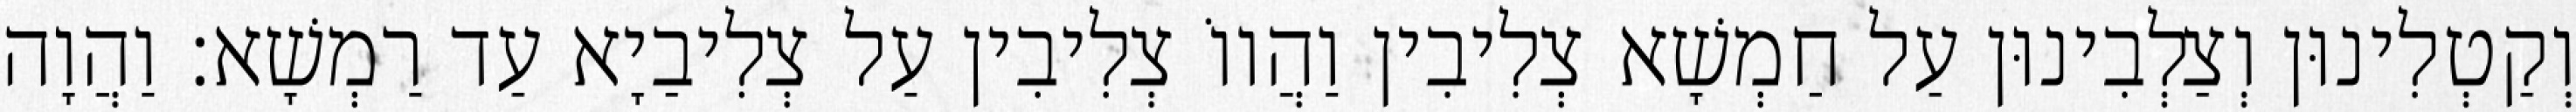
וְקַטְלִינוּן וְצַלְבִינוּן עַל חַמְשָׁא צְלִיבִין וַהֲווֹ צְלִיבִין עַל צְלִיבַיָא עַד רַמְשָׁא׃ וַהֲוָה